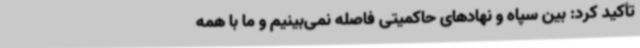
تأکید کرد: بین سپاه و نهادهای حاکمیتی فاصله نمی‌بینیم و ما با همه